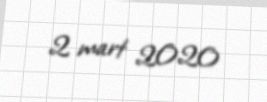
2 mart 2020